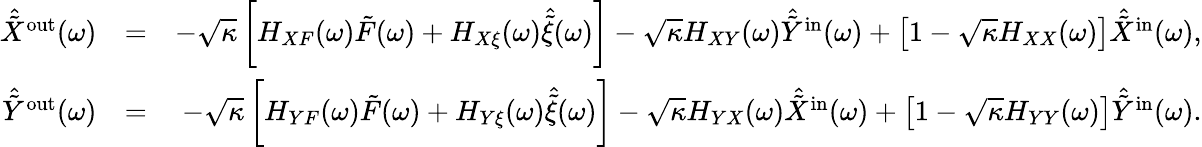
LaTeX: \begin{array}{rlr}{\hat{\tilde{X}}^{\mathrm{out}}(\omega)}&{=}&{-\sqrt{\kappa}\left[H_{XF}(\omega)\tilde{F}(\omega)+H_{X\xi}(\omega)\hat{\tilde{\xi}}(\omega)\right]-\sqrt{\kappa}H_{XY}(\omega)\hat{\tilde{Y}}^{\mathrm{in}}(\omega)+\left[1-\sqrt{\kappa}H_{XX}(\omega)\right]\hat{\tilde{X}}^{\mathrm{in}}(\omega),}\\ {\hat{\tilde{Y}}^{\mathrm{out}}(\omega)}&{=}&{-\sqrt{\kappa}\left[H_{YF}(\omega)\tilde{F}(\omega)+H_{Y\xi}(\omega)\hat{\tilde{\xi}}(\omega)\right]-\sqrt{\kappa}H_{YX}(\omega)\hat{\tilde{X}}^{\mathrm{in}}(\omega)+\left[1-\sqrt{\kappa}H_{YY}(\omega)\right]\hat{\tilde{Y}}^{\mathrm{in}}(\omega).}\end{array}